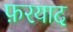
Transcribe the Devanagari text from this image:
फ़रयाद